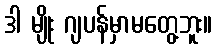
ဒါ မျိုး ဂျပန်မှာမတွေ့ဘူး။